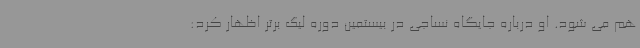
هم می شود. او درباره جایگاه نساجی در بیستمین دوره لیگ برتر اظهار کرد: